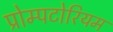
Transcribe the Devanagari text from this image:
प्रोम्पटोरियम